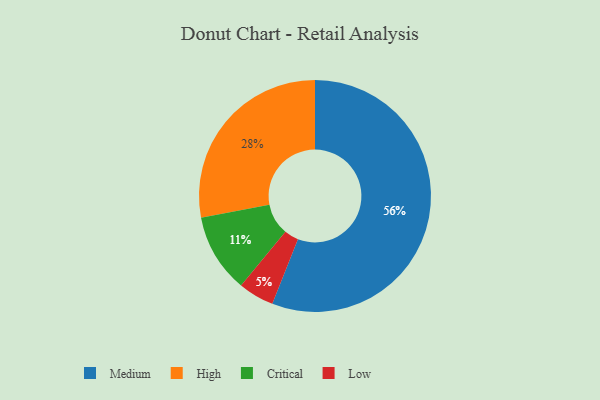
{"axis": {"x": "Category", "y": "Percentage"}, "legend": ["Critical", "High", "Low", "Medium"], "data": [{"x": "High", "y": 28, "type": "High"}, {"x": "Medium", "y": 56, "type": "Medium"}, {"x": "Critical", "y": 11, "type": "Critical"}, {"x": "Low", "y": 5, "type": "Low"}]}